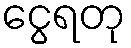
ငွေရတု